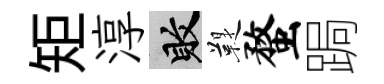
矩淳敗鞮蝥跼